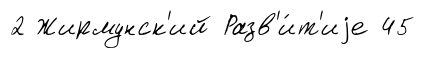
2 Жирмунск'ий Разв'и́т'иjе 45